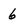
Character: 6